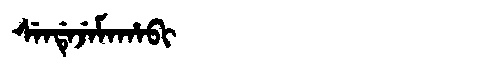
Manchu: ᠰᡝᠨᡩᡝᠵᡝᠮᠠᡥᠠᠪᡳ
Romanization: SENDEJEMAHABI